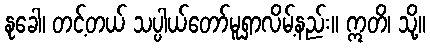
နုခေါ၊ တင့်တယ် သပ္ပါယ်တော်မူရှာလိမ့်နည်း။ ဣတိ၊ သို့။